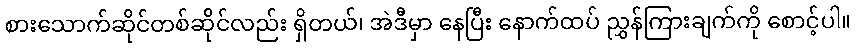
စားသောက်ဆိုင်တစ်ဆိုင်လည်း ရှိတယ်၊ အဲဒီမှာ နေပြီး နောက်ထပ် ညွှန်ကြားချက်ကို စောင့်ပါ။